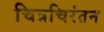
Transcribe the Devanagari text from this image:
चित्रचिरंतन